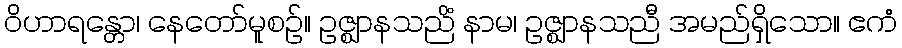
ဝိဟာရန္တော၊ နေတော်မူစဉ်။ ဥဇ္ဈာနသညိံ နာမ၊ ဥဇ္ဈာနသညီ အမည်ရှိသော။ ဧကံ